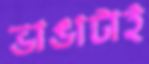
ভাঙাটাই